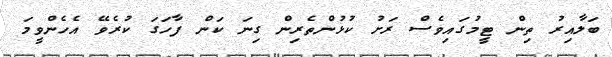
ބަލާއިރު ތިން ޓީމުގައިވެސް ރަށު ކުޅުންތެރިން ގިނަ ކަން ފާހަގަ ކުރެވޭ އެހެންވީމަ